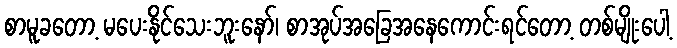
စာမူခတော့ မပေးနိုင်သေးဘူးနော်၊ စာအုပ်အခြေအနေကောင်းရင်တော့ တစ်မျိုးပေါ့